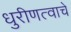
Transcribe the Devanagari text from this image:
धुरीणत्वाचे